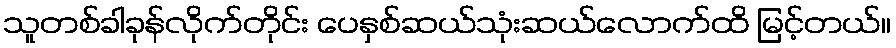
သူတစ်ခါခုန်လိုက်တိုင်း ပေနှစ်ဆယ်သုံးဆယ်လောက်ထိ မြင့်တယ်။